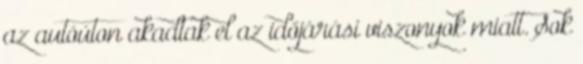
az autóúton akadtak el az időjárási viszonyok miatt. Sok